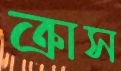
ক্রাস